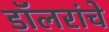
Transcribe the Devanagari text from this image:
डॉलरांचे